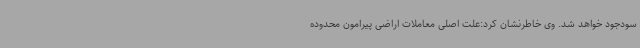
سودجود خواهد شد. وی خاطرنشان کرد:علت اصلی معاملات اراضی پیرامون محدوده